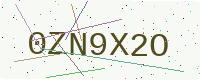
Text: 0ZN9X2O